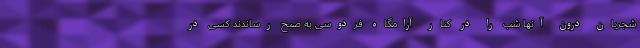
شجریان درون آنها شب را در کنار آرامگاه فردوسی به صبح رساندند کسی در